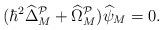
LaTeX: \begin{align*}(\hbar^2\widehat{\Delta}^{\mathcal{P}}_M + \widehat{\Omega}^{\mathcal{P}}_{M})\widehat{\psi}_M = 0.\end{align*}